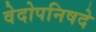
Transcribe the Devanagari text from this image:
वेदोपनिषदे